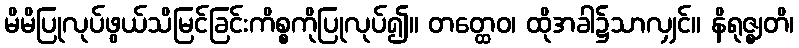
မိမိပြုလုပ်ဖွယ်သိမြင်ခြင်းကိစ္စကိုပြုလုပ်၍။ တတ္ထေဝ၊ ထိုအခါ၌သာလျှင်။ နိရုဇ္ဈတိ၊